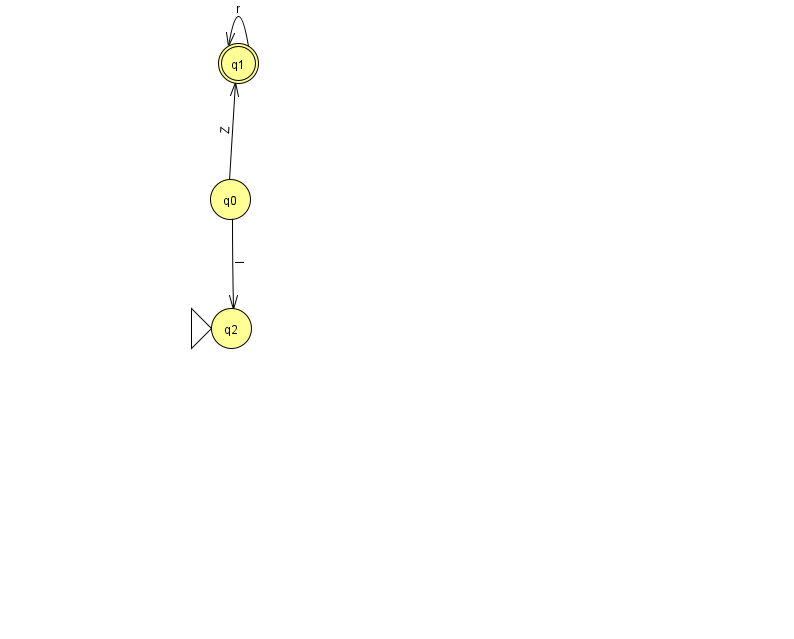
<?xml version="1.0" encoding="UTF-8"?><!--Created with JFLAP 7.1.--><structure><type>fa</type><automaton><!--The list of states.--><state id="0" name="q0"><x>230.0</x><y>186.0</y></state><state id="1" name="q1"><x>238.0</x><y>50.0</y><final/></state><state id="2" name="q2"><x>231.0</x><y>315.0</y><initial/></state><!--The list of transitions.--><transition><from>1</from><to>1</to><read>r</read></transition><transition><from>0</from><to>2</to><read>l</read></transition><transition><from>0</from><to>1</to><read>Z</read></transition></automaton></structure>